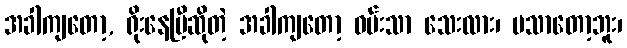
အခါကျတော့, ရိုးနေပြီဆိုတဲ့ အခါကျတော့ ဝမ်းသာ သေးလား၊ မသာတော့ဘူး၊